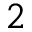
2